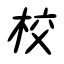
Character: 校